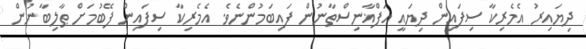
ދިޔައިރު އެމެރިކާ ސިފައިން ދިޔައީ އަފްޣާނިސްތާނުން ފައިބަމުންނެވެ. އެމެރިކާ ސިފައިން ފޭބުމަށް ޠާލިބާނުން